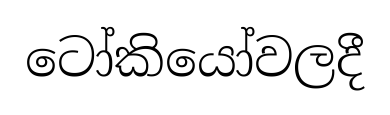
ටෝකියෝවලදී